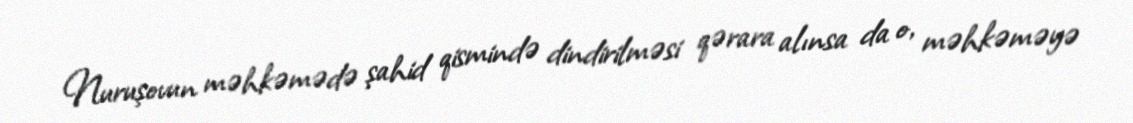
Nuruşovun məhkəmədə şahid qismində dindirilməsi qərara alınsa da o, məhkəməyə